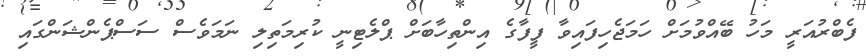
ފެބްރުއަރީ މަހު ބޭއްވުމަށް ހަމަޖެހިފައިވާ ފީފާގެ އިންތިހާބަށް ޕްލެޓިނީ ކުރިމަތިލި ނަމަވެސް ސަސްޕެންޝަންގައި